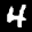
Label: 4